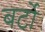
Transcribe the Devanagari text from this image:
बर्टो